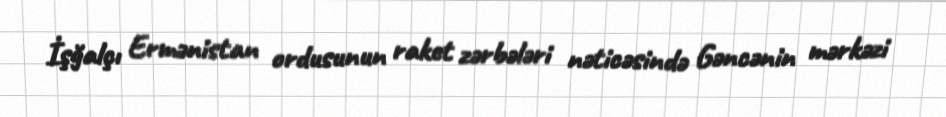
İşğalçı Ermənistan ordusunun raket zərbələri nəticəsində Gəncənin mərkəzi